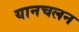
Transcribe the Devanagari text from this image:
यानचलन